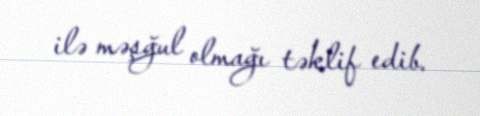
ilə məşğul olmağı təklif edib.